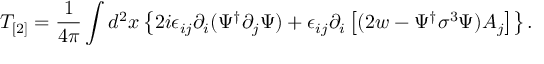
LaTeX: T _ { [ 2 ] } = \frac { 1 } { 4 \pi } \int d ^ { 2 } x \left\{ 2 i \epsilon _ { i j } \partial _ { i } ( \Psi ^ { \dagger } \partial _ { j } \Psi ) + \epsilon _ { i j } \partial _ { i } \left[ ( 2 w - \Psi ^ { \dagger } \sigma ^ { 3 } \Psi ) A _ { j } \right] \right\} .